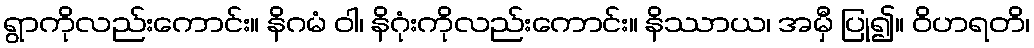
ရွာကိုလည်းကောင်း။ နိဂမံ ဝါ၊ နိဂုံးကိုလည်းကောင်း။ နိဿာယ၊ အမှီ ပြု၍။ ဝိဟရတိ၊